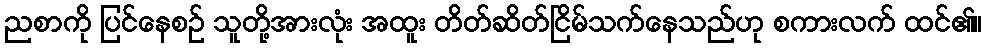
ညစာကို ပြင်နေစဉ် သူတို့အားလုံး အထူး တိတ်ဆိတ်ငြိမ်သက်နေသည်ဟု စကားလက် ထင်၏။